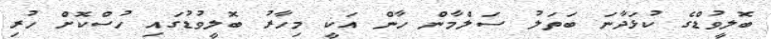
ބޮލީވުޑްގެ ކުޅަދާނަ ބަތަލު ސަލްމާން ހާން އަކީ މިހާރު ބޮލީވުޑުގައި ހުސްކޮށް ހުރި